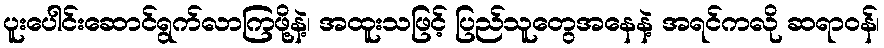
ပူးပေါင်းဆောင်ရွက်လာကြဖို့နဲ့၊ အထူးသဖြင့် ပြည်သူတွေအနေနဲ့ အရင်ကလို ဆရာဝန်၊